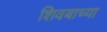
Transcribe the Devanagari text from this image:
शिवबाच्‍या